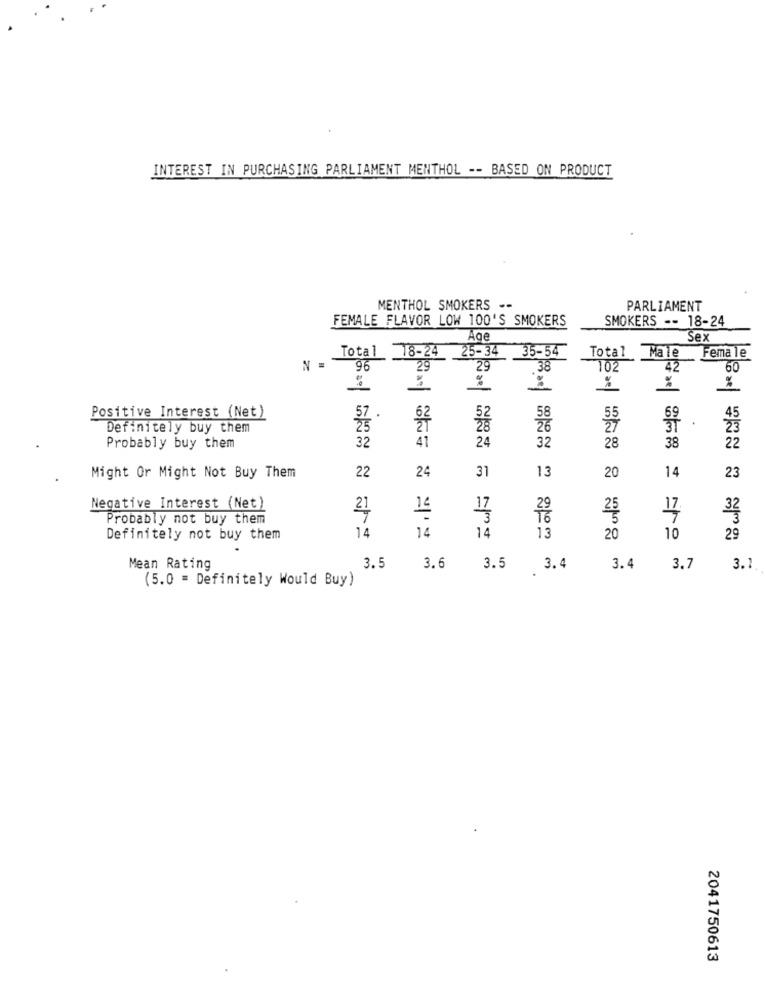
INTEREST IN PURCHASING PARLIAMENT MENTHOL -- BASED ON PRODUCT
MENTHOL SMOKERS --
PARLIAMENT
FEMALE FLAVOR LOW 100'S SMOKERS
SMOKERS -- 18-24
Age
Sex
Total 18-24
25-34
35-54
Total Male
Female
N =
96
29
29
102
42
60
ilmael
%
Positive Interest (Net)
62
.
Definitely buy them
37
32
41
32
38
Probably buy them
24
28
22
22
Might Or Might Not Buy Them
24
31
13
20
14
23
Negative Interest (Net)
21
Probably not buy them
25
17.
14
Definitely not buy them
14
==
14
13
20
10
29
Mean Rating
3.5
3.6
3.5 3.4
3.4
3.7
3.1
(5.0 = Definitely Would Buy)
2041750613